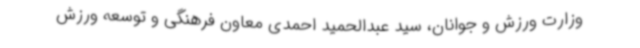
وزارت ورزش و جوانان، سید عبدالحمید احمدی معاون فرهنگی و توسعه ورزش